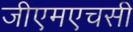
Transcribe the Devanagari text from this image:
जीएमएचसी